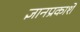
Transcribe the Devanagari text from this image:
ज्ञानप्रकाशे